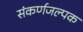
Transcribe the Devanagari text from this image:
संकर्णजल्पक